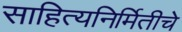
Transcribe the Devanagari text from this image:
साहित्यनिर्मितीचे